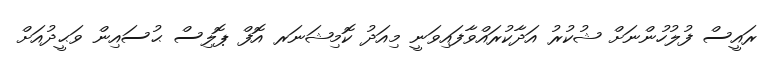
ރައީސް ފުލުހުންނަށް ޝުކުރު އަދާކުރައްވާފައިވަނީ މިއަދު ކޮމިޝަނަރ އޮފް ޕޮލިސް ޙުސައިން ވަޙީދުއަށް